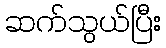
ဆက်သွယ်ပြီး